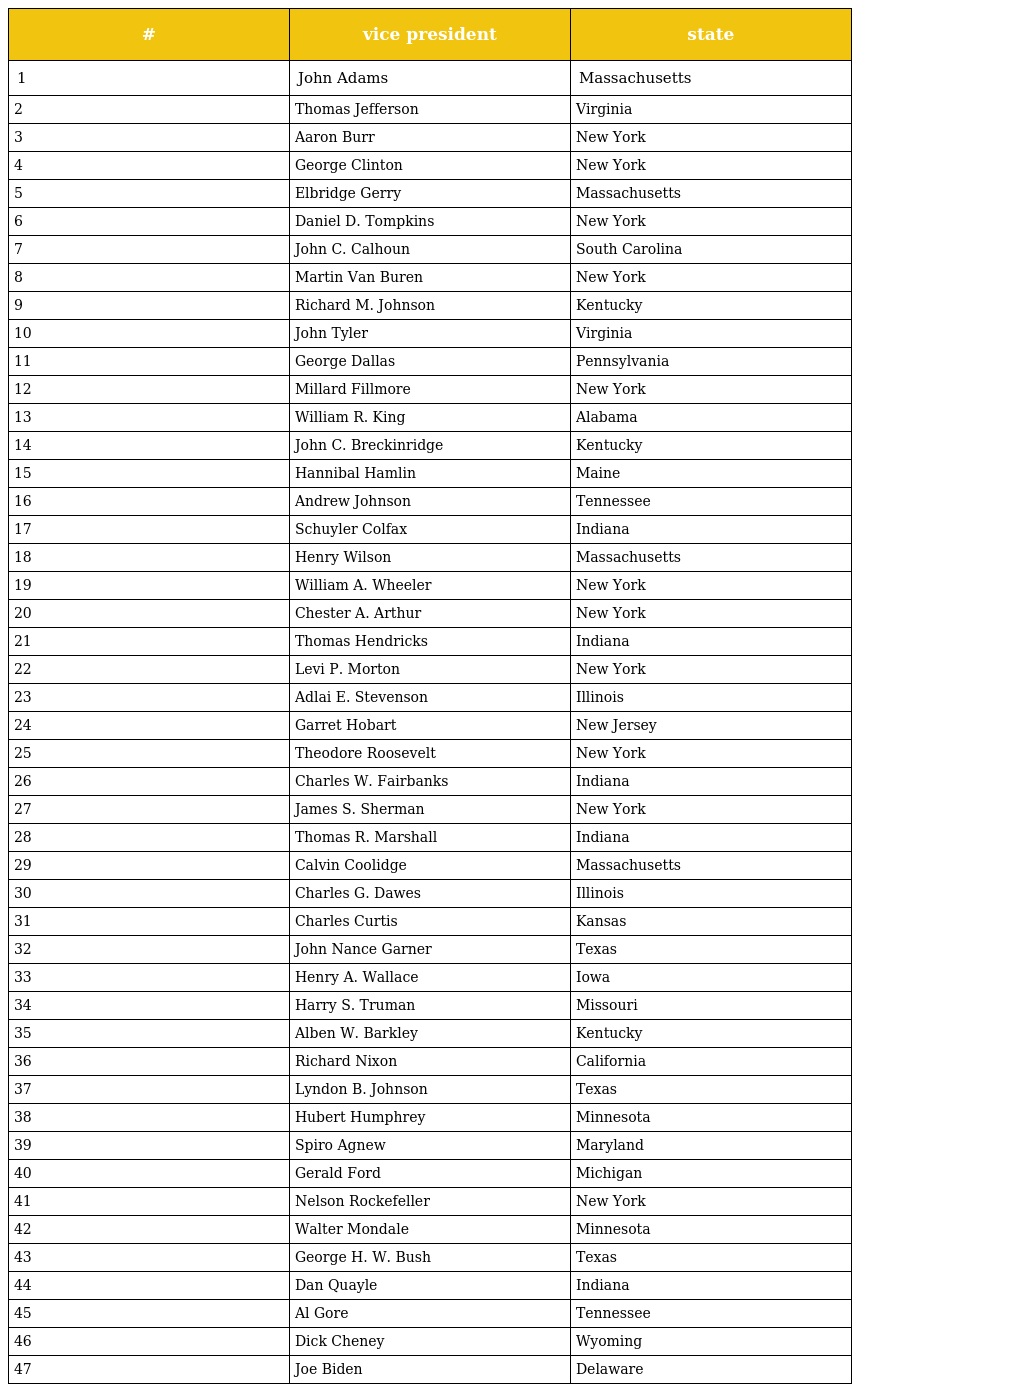
| # | vice president | state |
 | --- | --- | --- |
 | 1 | John Adams | Massachusetts |
 | 2 | Thomas Jefferson | Virginia |
 | 3 | Aaron Burr | New York |
 | 4 | George Clinton | New York |
 | 5 | Elbridge Gerry | Massachusetts |
 | 6 | Daniel D. Tompkins | New York |
 | 7 | John C. Calhoun | South Carolina |
 | 8 | Martin Van Buren | New York |
 | 9 | Richard M. Johnson | Kentucky |
 | 10 | John Tyler | Virginia |
 | 11 | George Dallas | Pennsylvania |
 | 12 | Millard Fillmore | New York |
 | 13 | William R. King | Alabama |
 | 14 | John C. Breckinridge | Kentucky |
 | 15 | Hannibal Hamlin | Maine |
 | 16 | Andrew Johnson | Tennessee |
 | 17 | Schuyler Colfax | Indiana |
 | 18 | Henry Wilson | Massachusetts |
 | 19 | William A. Wheeler | New York |
 | 20 | Chester A. Arthur | New York |
 | 21 | Thomas Hendricks | Indiana |
 | 22 | Levi P. Morton | New York |
 | 23 | Adlai E. Stevenson | Illinois |
 | 24 | Garret Hobart | New Jersey |
 | 25 | Theodore Roosevelt | New York |
 | 26 | Charles W. Fairbanks | Indiana |
 | 27 | James S. Sherman | New York |
 | 28 | Thomas R. Marshall | Indiana |
 | 29 | Calvin Coolidge | Massachusetts |
 | 30 | Charles G. Dawes | Illinois |
 | 31 | Charles Curtis | Kansas |
 | 32 | John Nance Garner | Texas |
 | 33 | Henry A. Wallace | Iowa |
 | 34 | Harry S. Truman | Missouri |
 | 35 | Alben W. Barkley | Kentucky |
 | 36 | Richard Nixon | California |
 | 37 | Lyndon B. Johnson | Texas |
 | 38 | Hubert Humphrey | Minnesota |
 | 39 | Spiro Agnew | Maryland |
 | 40 | Gerald Ford | Michigan |
 | 41 | Nelson Rockefeller | New York |
 | 42 | Walter Mondale | Minnesota |
 | 43 | George H. W. Bush | Texas |
 | 44 | Dan Quayle | Indiana |
 | 45 | Al Gore | Tennessee |
 | 46 | Dick Cheney | Wyoming |
 | 47 | Joe Biden | Delaware |